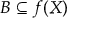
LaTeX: B \subseteq f ( X )